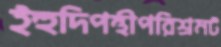
ইহুদিপন্থীপরিশ্রমট